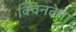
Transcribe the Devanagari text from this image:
क्विनटेना